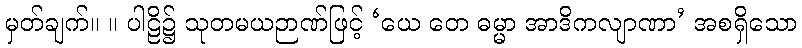
မှတ်ချက်။ ။ ပါဠိ၌ သုတမယဉာဏ်ဖြင့် ‘ယေ တေ ဓမ္မာ အာဒိကလျာဏာ’ အစရှိသော